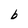
Character: b